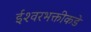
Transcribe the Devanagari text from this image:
ईश्‍वरभक्तीकडे